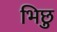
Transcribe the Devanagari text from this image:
भिछु